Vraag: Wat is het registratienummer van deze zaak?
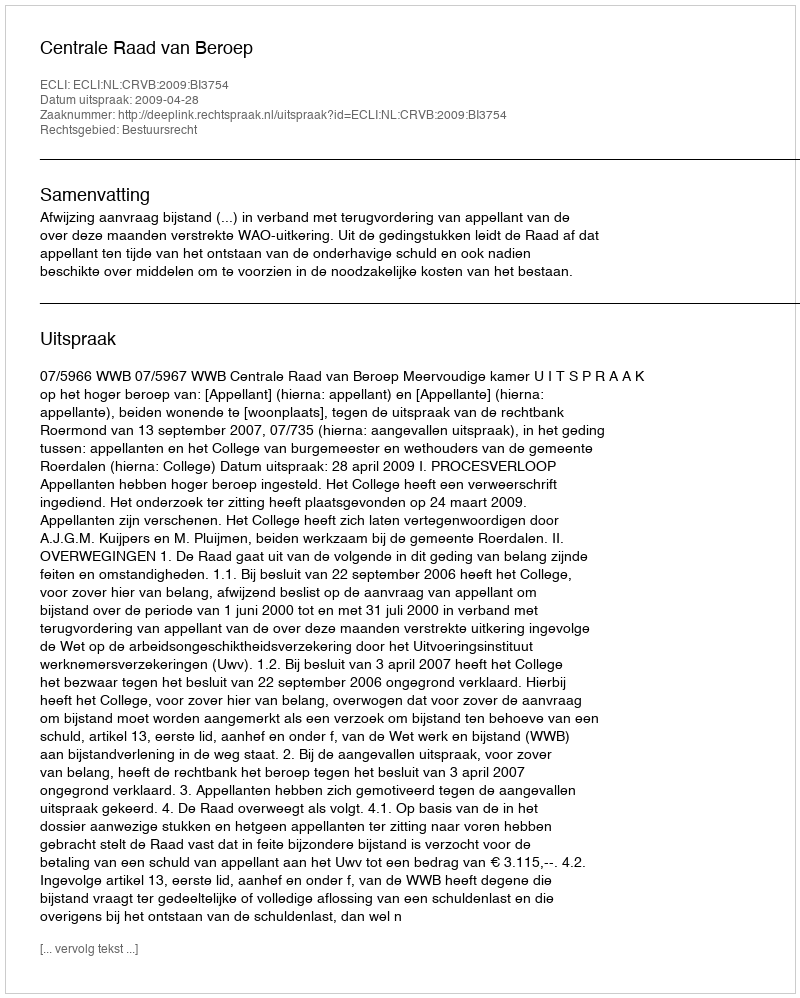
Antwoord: http://deeplink.rechtspraak.nl/uitspraak?id=ECLI:NL:CRVB:2009:BI3754